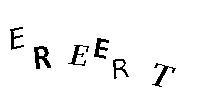
EREERT